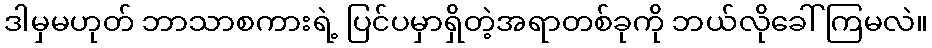
ဒါမှမဟုတ် ဘာသာစကားရဲ့ ပြင်ပမှာရှိတဲ့အရာတစ်ခုကို ဘယ်လိုခေါ်ကြမလဲ။